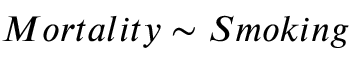
M o r t a l i t y \sim S m o k i n g